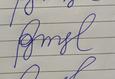
Signature authenticity: forged